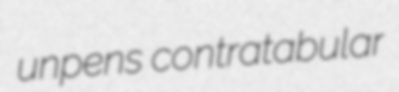
unpens contratabular